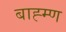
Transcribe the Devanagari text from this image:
बाह्म्ण